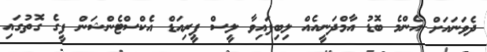
ދެވަނައަށް އެންމެ ބޮޑު އާމްދަނީއެއް ލިބިފައިވާ ލީސް ޕީރިއަޑް އެކްސްޓެންޝަން ފީގެ ގޮތުގައި